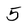
Character: 5